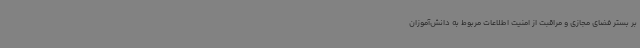
بر بستر فضای مجازی و مراقبت از امنیت اطلاعات مربوط به دانش‌آموزان